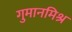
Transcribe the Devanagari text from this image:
गुमानमिश्र